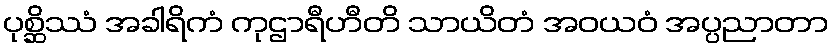
ပုစ္ဆိဿံ အခါရိကံ ကုဌာရီဟီတိ သာယိတံ အဝယဝံ အပ္ပညာတာ